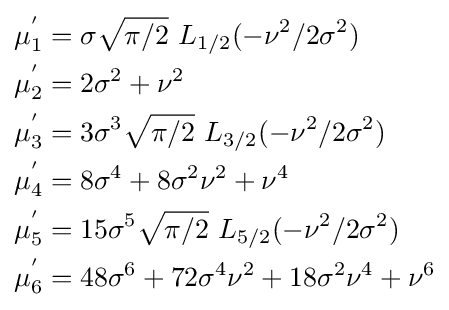
{\begin{aligned}\mu _{1}^{'}&=\sigma {\sqrt {\pi /2}}\,\,L_{1/2}(-\nu ^{2}/2\sigma ^{2})\\\mu _{2}^{'}&=2\sigma ^{2}+\nu ^{2}\,\\\mu _{3}^{'}&=3\sigma ^{3}{\sqrt {\pi /2}}\,\,L_{3/2}(-\nu ^{2}/2\sigma ^{2})\\\mu _{4}^{'}&=8\sigma ^{4}+8\sigma ^{2}\nu ^{2}+\nu ^{4}\,\\\mu _{5}^{'}&=15\sigma ^{5}{\sqrt {\pi /2}}\,\,L_{5/2}(-\nu ^{2}/2\sigma ^{2})\\\mu _{6}^{'}&=48\sigma ^{6}+72\sigma ^{4}\nu ^{2}+18\sigma ^{2}\nu ^{4}+\nu ^{6}\end{aligned}}